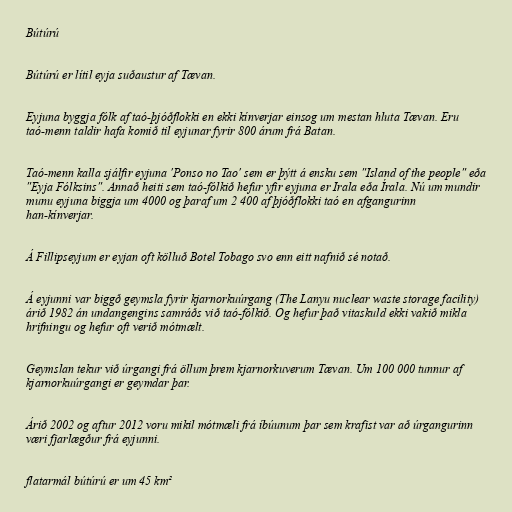
Bútúrú

Bútúrú er lítil eyja suðaustur af Tævan.

Eyjuna byggja fólk af taó-þjóðflokki en ekki kínverjar einsog um mestan hluta Tævan. Eru
taó-menn taldir hafa komið til eyjunar fyrir 800 árum frá Batan.

Taó-menn kalla sjálfir eyjuna 'Ponso no Tao' sem er þýtt á ensku sem "Island of the people" eða
"Eyja Fólksins". Annað heiti sem taó-fólkið hefur yfir eyjuna er Irala eða Írala. Nú um mundir
munu eyjuna biggja um 4000 og þaraf um 2 400 af þjóðflokki taó en afgangurinn
han-kínverjar.

Á Fillipseyjum er eyjan oft kölluð Botel Tobago svo enn eitt nafnið sé notað.

Á eyjunni var biggð geymsla fyrir kjarnorkuúrgang (The Lanyu nuclear waste storage facility)
árið 1982 án undangengins samráðs við taó-fólkið. Og hefur það vitaskuld ekki vakið mikla
hrifningu og hefur oft verið mótmælt.

Geymslan tekur við úrgangi frá öllum þrem kjarnorkuverum Tævan. Um 100 000 tunnur af
kjarnorkuúrgangi er geymdar þar.

Árið 2002 og aftur 2012 voru mikil mótmæli frá íbúunum þar sem krafist var að úrgangurinn
væri fjarlægður frá eyjunni.

flatarmál bútúrú er um 45 km²